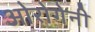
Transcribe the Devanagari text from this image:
ओरोगेनी